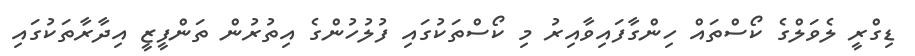
ޑިގްރީ ލެވަލްގެ ކޯސްތައް ހިންގާފައިވާއިރު މި ކޯސްތަކުގައި ފުލުހުންގެ އިތުރުން ތަންފީޒީ އިދާރާތަކުގައި